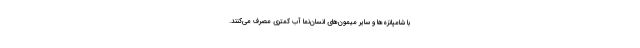
با شامپانزه‌ها و سایر میمون‌های انسان‌نما آبِ کمتری مصرف می‌کنند.